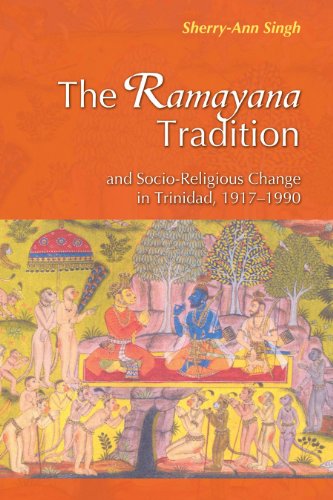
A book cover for The Ramayana Tradition and Socio-Religious Change in Trinidad, 1917-1990; Sherry-Ann Singh; Religion & Spirituality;